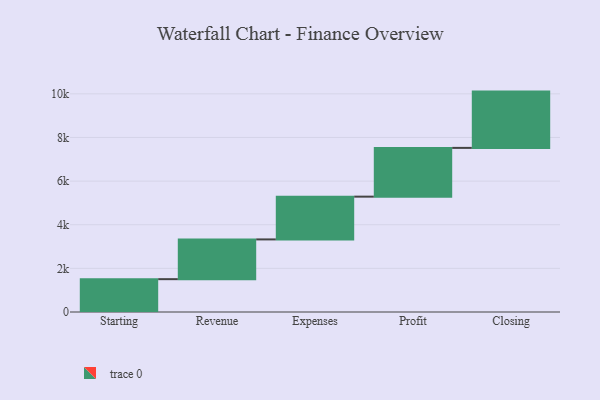
{"axis": {"x": "Step", "y": "Value"}, "legend": [""], "data": [{"x": "Starting", "y": 1505.0, "type": ""}, {"x": "Revenue", "y": 1822.0, "type": ""}, {"x": "Expenses", "y": 1960.0, "type": ""}, {"x": "Profit", "y": 2235.0, "type": ""}, {"x": "Closing", "y": 2580.0, "type": ""}]}